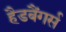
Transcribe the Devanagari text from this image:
हैडबैंगर्स